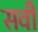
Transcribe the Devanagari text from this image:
सर्वी